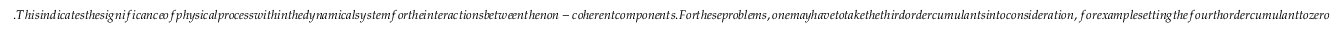
. T h i s i n d i c a t e s t h e s i g n i f i c a n c e o f p h y s i c a l p r o c e s s w i t h i n t h e d y n a m i c a l s y s t e m f o r t h e i n t e r a c t i o n s b e t w e e n t h e n o n - c o h e r e n t c o m p o n e n t s . F o r t h e s e p r o b l e m s , o n e m a y h a v e t o t a k e t h e t h i r d o r d e r c u m u l a n t s i n t o c o n s i d e r a t i o n , f o r e x a m p l e s e t t i n g t h e f o u r t h o r d e r c u m u l a n t t o z e r o